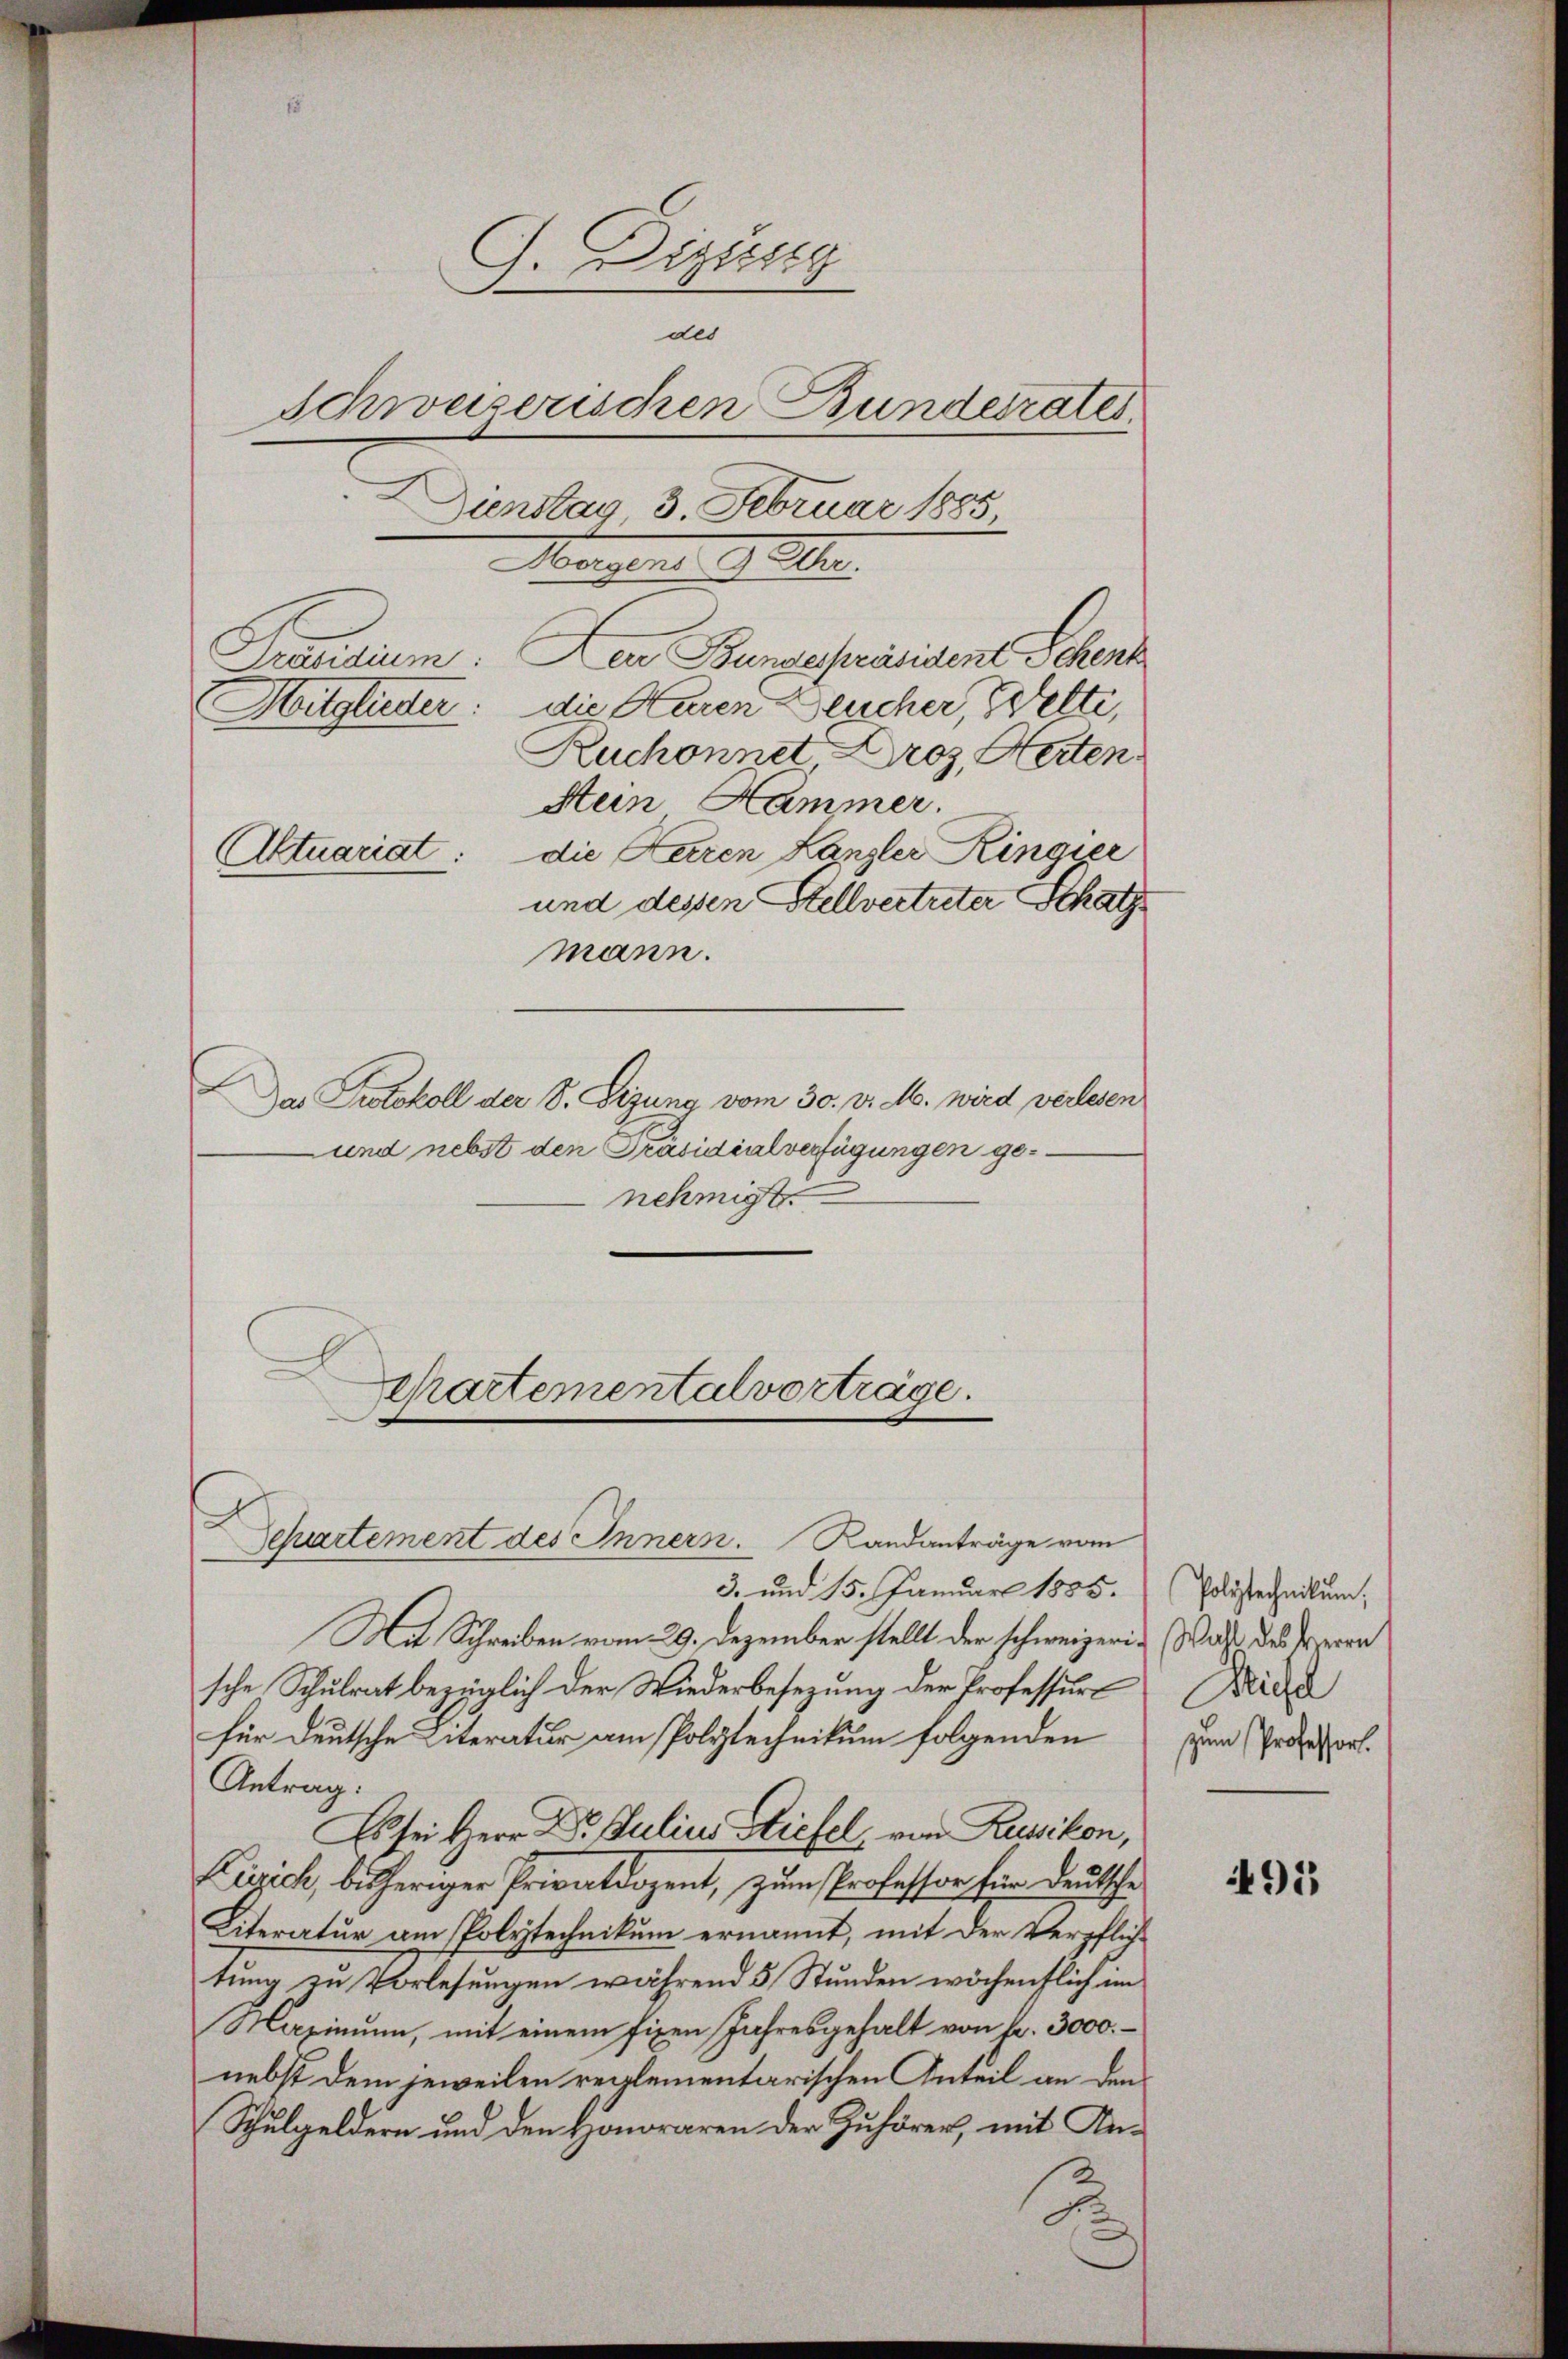
G. Diesig
des
Schwaserischen Bundesrates.
Dienstag, 3. Februar 1885
Morgende 19 Uhr.

Präsidium:
Aktuariat:

Der Bundespräsident Schenk
Hitglieder: die Kuren Deucher, Gelte,
Ruchonnet Droz, Herten.
Stein Hammer.
die Herren Kanzler Ringier
und dessen Stellvertreter Schatz
mann.
Das Protokoll der S. Tigung vom 30. v. M. wird verlesen
-und nebst den Präsidialverfügungen genehmigt.

Separtemental vorträge.

3. und 15. Januar 1885.

Separtement des Innern. Randanträge vom
Mit Schreiben vom 29. Dezember stellt der schweizeris Was des Herrn
sche Schulrat bezüglich der Wiederbesezung der Professur
für deutsche Literatur am Polytechnikum folgenden
Antrag.
Es sei Herr Dr. Julius Stiefel, von Russikon,
Kirsich, bisheriger Privatdozent, zum Professor für deutsche
Literatur am Polytechnikum ernannt, mit der Verpflich-
tung zu Vorlesungen während 5 Stunden wöchenflich im
Maximum, mit einem fixen Jahresgehalt von Fr. 3000.
nebst dem jeweilen reglementarischen Anteil an den
Schulgeldern und den Honoraren der Zuhörer, mit An¬

Polytechnikum,
Michl
zum Professor

491